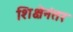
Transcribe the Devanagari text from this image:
शिक्षेनंतर